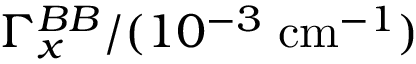
\Gamma _ { x } ^ { B B } / ( 1 0 ^ { - 3 } \; \mathrm { c m } ^ { - 1 } )